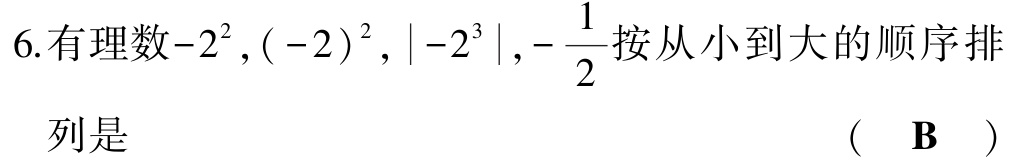
6.有理数\(-2^{2},(-2)^{2},\vert -2^{3}\vert,-\frac{1}{2}\)按从小到大的顺序排

列是

( B )